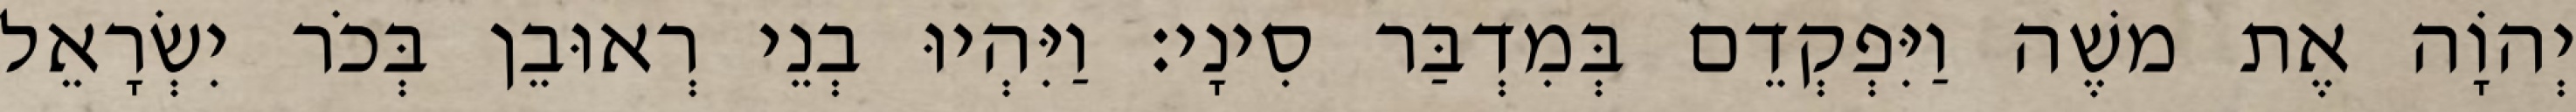
יְהוָֹה אֶת משֶׁה וַיִּפְקְדֵם בְּמִדְבַּר סִינָי׃ וַיִּהְיוּ בְנֵי רְאוּבֵן בְּכֹר יִשְׂרָאֵל